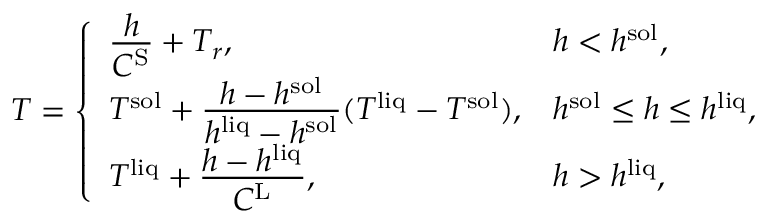
\begin{array} { r } { T = \left\{ \begin{array} { l l } { \frac { \displaystyle h } { \displaystyle C ^ { \mathrm { S } } } + T _ { r } , } & { h < h ^ { \mathrm { s o l } } , } \\ { T ^ { \mathrm { s o l } } + \frac { \displaystyle h - h ^ { \mathrm { s o l } } } { \displaystyle h ^ { \mathrm { l i q } } - h ^ { \mathrm { s o l } } } ( T ^ { \mathrm { l i q } } - T ^ { \mathrm { s o l } } ) , } & { h ^ { \mathrm { s o l } } \le h \le h ^ { \mathrm { l i q } } , } \\ { T ^ { \mathrm { l i q } } + \frac { \displaystyle h - h ^ { \mathrm { l i q } } } { \displaystyle C ^ { \mathrm { L } } } , } & { h > h ^ { \mathrm { l i q } } , } \end{array} \right. } \end{array}